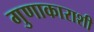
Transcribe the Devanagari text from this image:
गुणाकाराशी